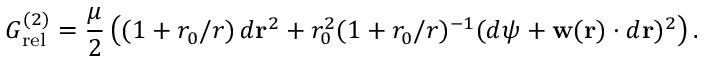
{ \cal G } _ { \mathrm { r e l } } ^ { ( 2 ) } = \frac { \mu } { 2 } \left( ( 1 + r _ { 0 } / r ) \, d { { \bf r } } ^ { 2 } + r _ { 0 } ^ { 2 } ( 1 + r _ { 0 } / r ) ^ { - 1 } ( d { \psi } + { \bf w } ( { \bf r } ) \cdot d { { \bf r } } ) ^ { 2 } \right) .